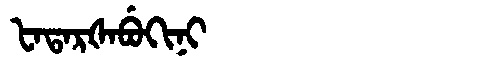
Manchu: ᡶᠠᡨᠠᡵᡧᠠᠪᡠᡴᡳᠨᡳ
Romanization: FATARŠABUKINI